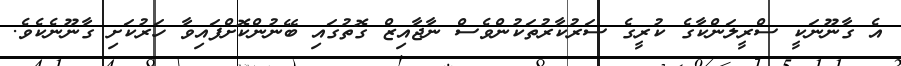
އެ ގާނޫނަކީ ސްރީލަންކާގެ ކުރީގެ ސަރުކާރުތަކުންވެސް ނާޖާއިޒް ގޮތުގައި ބޭނުންކޮށްފައިވާ ހަރުކަށި ގާނޫނެކެވެ.